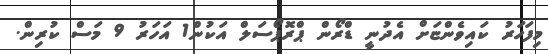
މިފަހަރު ކައިވެންޏަށް އެދުނީ ޑްރޯން ޕްރޮޕޯސަލް އަކުން1 އަހަރު 9 މަސް ކުރިން.